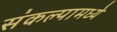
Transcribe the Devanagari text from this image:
संकल्पामध्ये